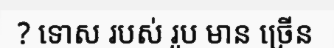
? ទោស របស់ រូប មាន ច្រើន